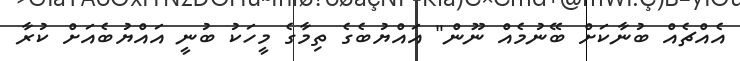
އެއްޗެއް ބުނާކަށް ބޭނުމެއް ނޫން" އައްޔުބެގެ ތިމާގެ މީހަކު ބުނީ އައްޔުބެއަށް ކުރާ